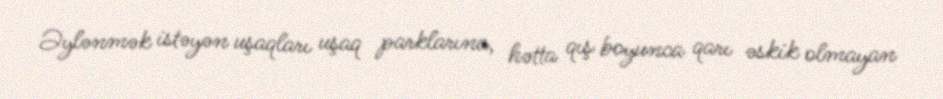
Əylənmək istəyən uşaqları uşaq parklarına, hətta qış boyunca qarı əskik olmayan